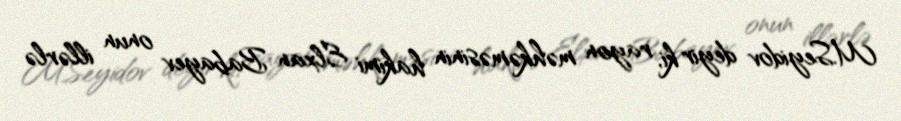
M.Seyidov deyir ki, rayon məhkəməsinin hakimi Elxan Babayev onun illərlə